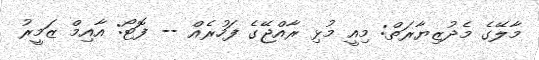
މާލޭގެ މެދުޒިޔާރަތް: މިއީ މުޅި ރާއްޖޭގެ ފަހުރެއް -- ފޮޓޯ: އާއިމް ޒަމީރު